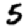
Digit: 5